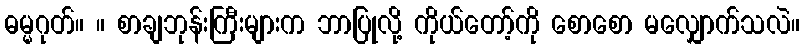
ဓမ္မဂုတ်။ ။ စာချဘုန်းကြီးများက ဘာပြုလို့ ကိုယ်တော့်ကို စောစော မလျှောက်သလဲ။